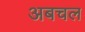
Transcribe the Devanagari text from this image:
अबचल